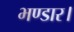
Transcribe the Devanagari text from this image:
भण्डार।